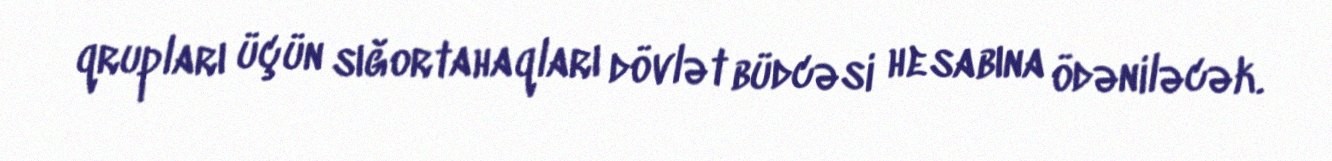
qrupları üçün sığortahaqları dövlət büdcəsi hesabına ödəniləcək.